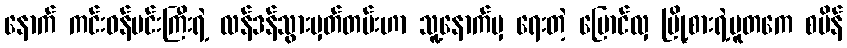
နောက် ကင်းဝန်မင်းကြီးရဲ့ လန်ဒန်သွားမှတ်တမ်းဟာ သူ့နောက်မှ ရေးတဲ့ မြောင်လှ မြို့စားရဲ့ပူတကေ စပိန်